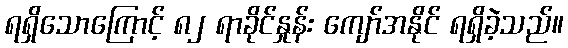
ရရှိသောကြောင့် ၈၂ ရာခိုင်နှုန်း ကျော်အနိုင် ရရှိခဲ့သည်။